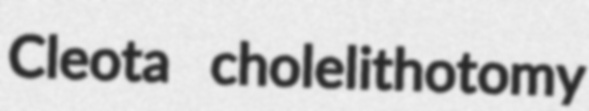
Cleota cholelithotomy